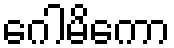
ဂေါမိကော